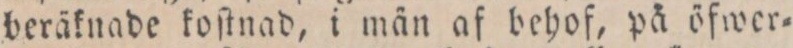
beräknade koſtnad, i män af behof, på öfwer=